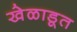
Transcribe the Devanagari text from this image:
खेळाडूत